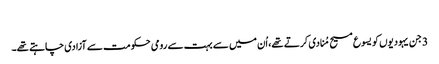
‏
3 جن یہودیوں کو یسوع مسیح مُنادی کرتے تھے،‏ اُن میں سے بہت سے رومی حکومت سے آزادی چاہتے تھے۔